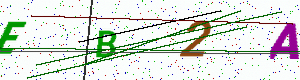
Text: EB2A